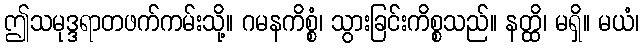
ဤသမုဒ္ဒရာတဖက်ကမ်းသို့။ ဂမနကိစ္စံ၊ သွားခြင်းကိစ္စသည်။ နတ္ထိ၊ မရှိ။ မယံ၊